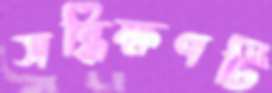
সন্ধিক্ষণটি